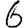
Digit: 6